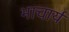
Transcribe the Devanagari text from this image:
भाचार्य